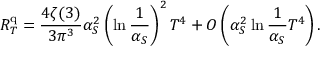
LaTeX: R _ { T } ^ { \mathrm { q } } = { \frac { 4 \zeta ( 3 ) } { 3 \pi ^ { 3 } } } \alpha _ { S } ^ { 2 } \left( \ln { \frac { 1 } { \alpha _ { S } } } \right) ^ { 2 } T ^ { 4 } + { \cal O } \left( \alpha _ { S } ^ { 2 } \ln { \frac { 1 } { \alpha _ { S } } } T ^ { 4 } \right) .